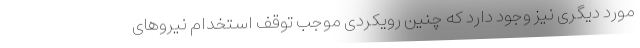
مورد دیگری نیز وجود دارد که چنین رویکردی موجب توقف استخدام نیروهای